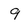
Character: 9